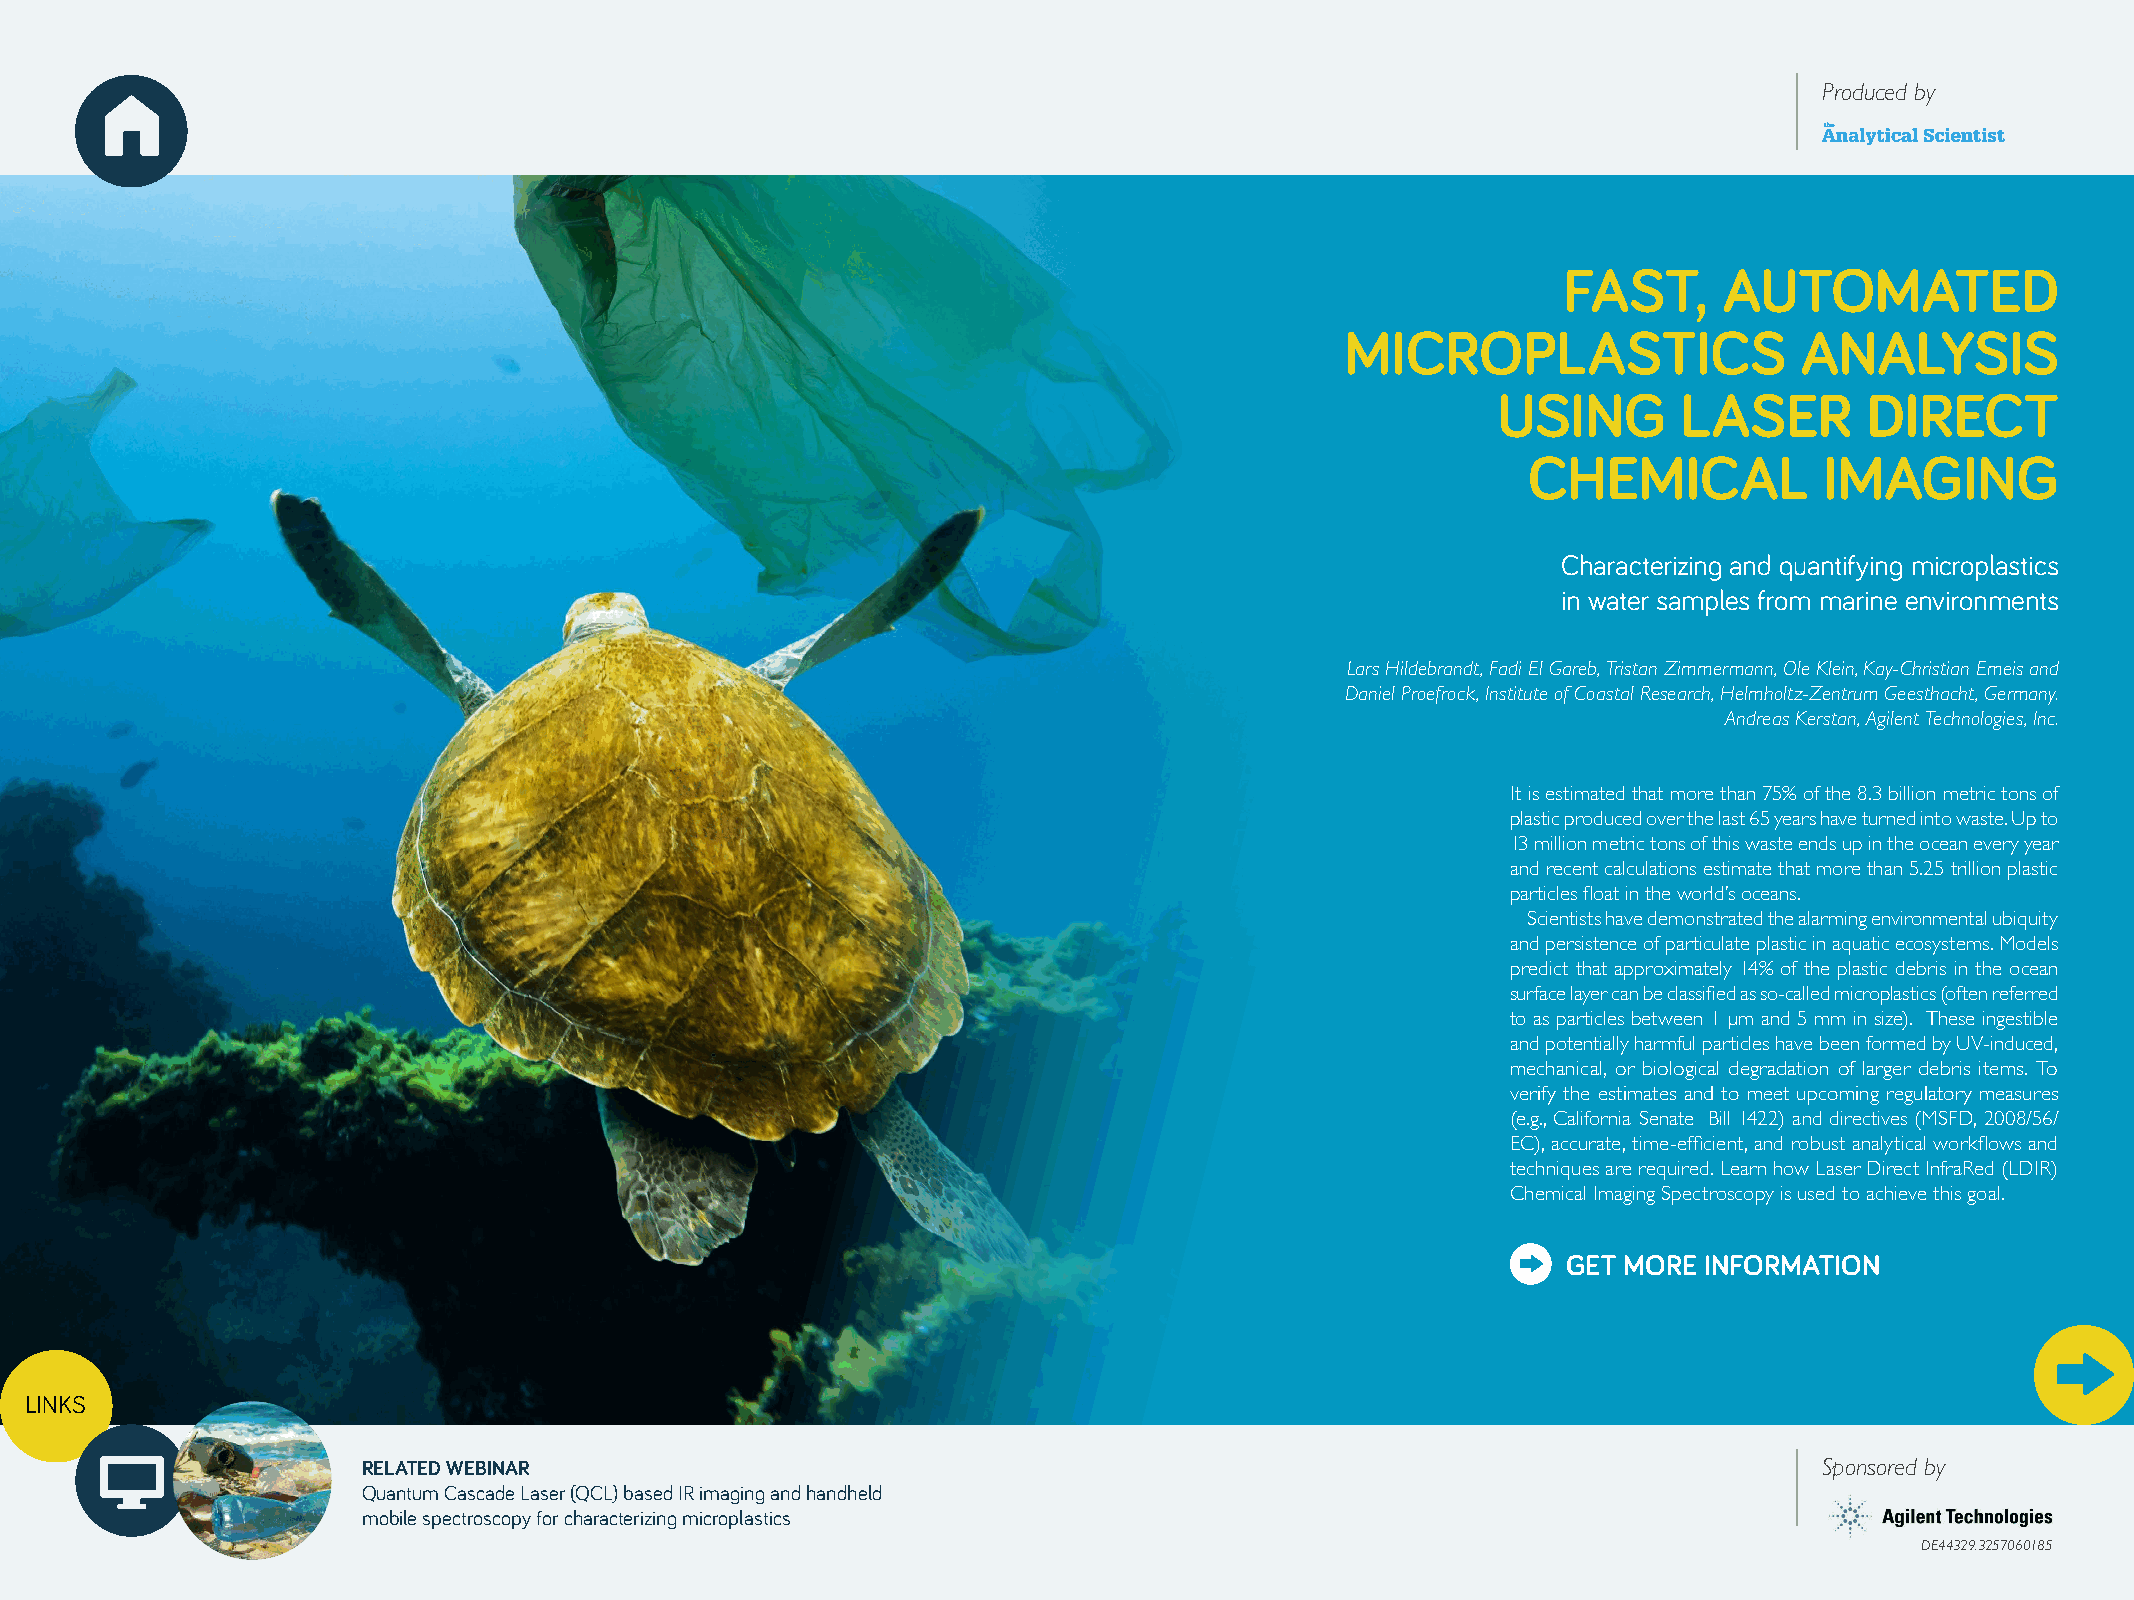
Produced by
 FAST,      AUTOMATED
 MICROPLASTICS                 ANALYSIS
 USING       LASER        DIRECT
 CHEMICAL            IMAGING
 Characterizing and quantifying microplastics
 in water samples from marine environments
 Lars Hildebrandt, Fadi El Gareb, Tristan Zimmermann, Ole Klein, Kay-Christian Emeis and
 Daniel Proefrock, Institute of Coastal Research, Helmholtz-Zentrum Geesthacht, Germany.
 Andreas Kerstan, Agilent Technologies, Inc.
 It is estimated that more than 75% of the 8.3 billion metric tons of
 plastic produced over the last 65 years have turned into waste. Up to
 13 million metric tons of this waste ends up in the ocean every year
 and recent calculations estimate that more than 5.25 trillion plastic
 particles float in the world’s oceans.
 Scientists have demonstrated the alarming environmental ubiquity
 and persistence of particulate plastic in aquatic ecosystems. Models
 predict that approximately 14% of the plastic debris in the ocean
 surface layer can be classified as so-called microplastics (often referred
 to as particles between 1 µm and 5 mm in size). These ingestible
 and potentially harmful particles have been formed by UV-induced,
 mechanical, or biological degradation of larger debris items. To
 verify the estimates and to meet upcoming regulatory measures
 (e.g., California Senate Bill 1422) and directives (MSFD, 2008/56/
 EC), accurate, time-efficient, and robust analytical workflows and
 techniques are required. Learn how Laser Direct InfraRed (LDIR)
 Chemical Imaging Spectroscopy is used to achieve this goal.
 GET MORE INFORMATION
 LINKS
 RELATED WEBINAR                                                                                  Sponsored by
 Quantum Cascade Laser (QCL) based IR imaging and handheld
 mobile spectroscopy for characterizing microplastics
 DE44329.3257060185